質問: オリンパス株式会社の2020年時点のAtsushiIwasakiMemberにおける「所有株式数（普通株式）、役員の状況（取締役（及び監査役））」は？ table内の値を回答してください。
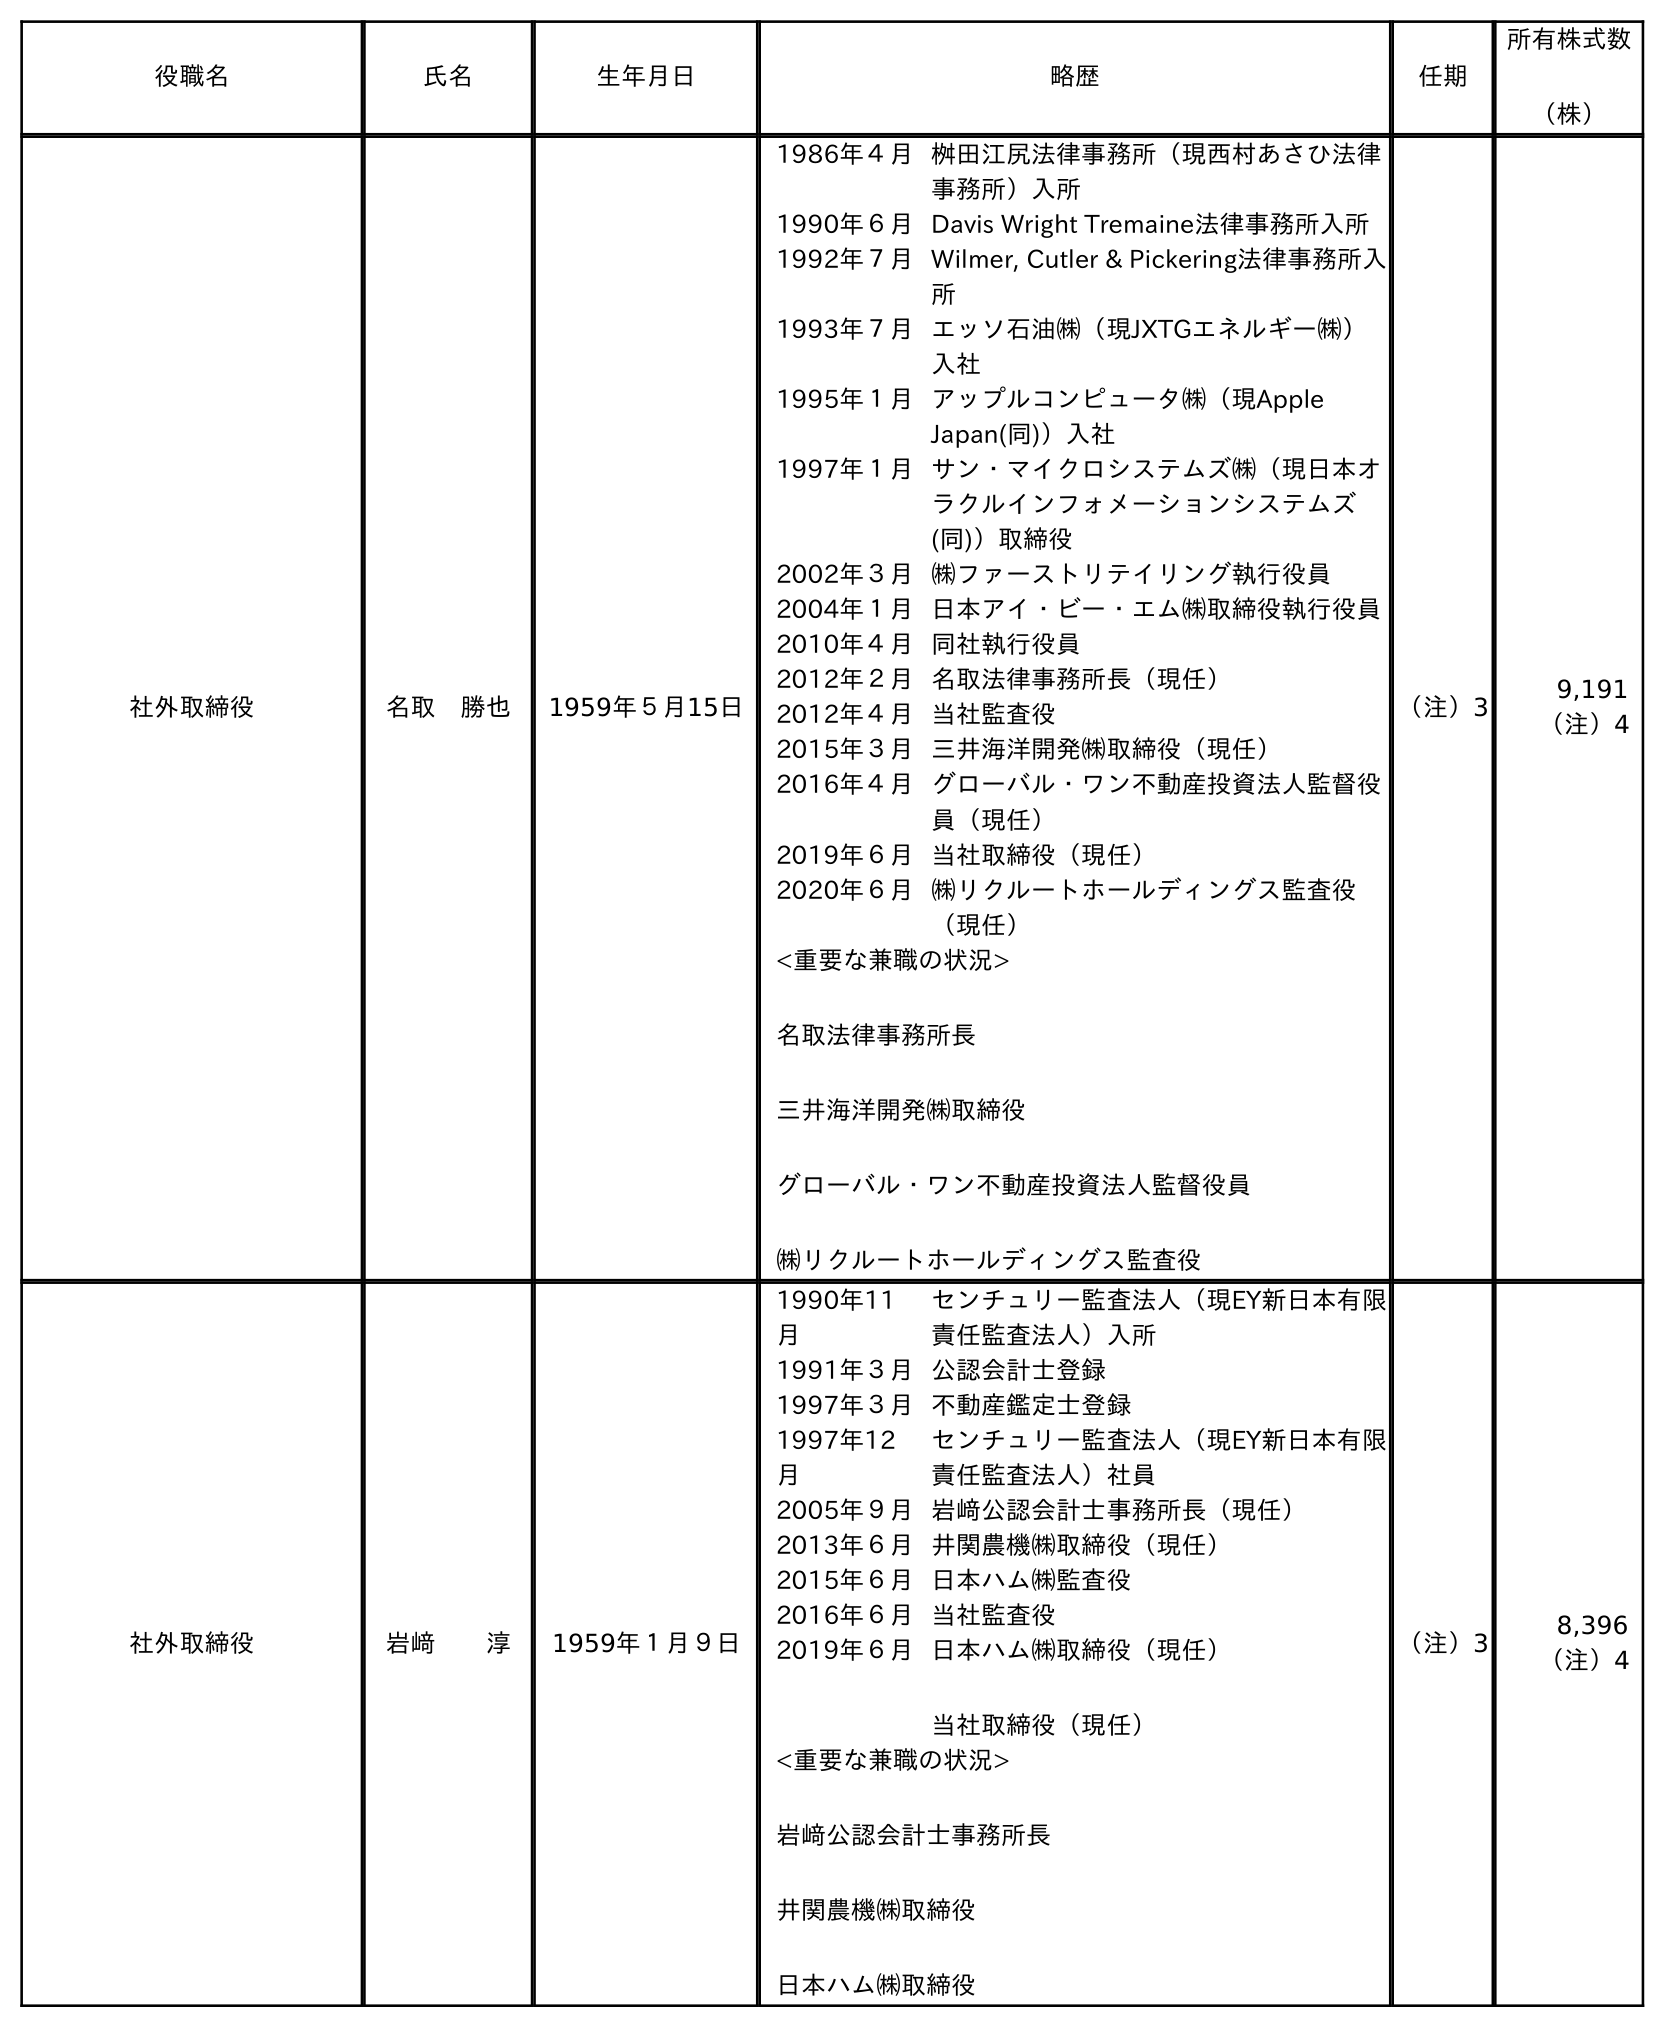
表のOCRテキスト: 役職名 氏名 生年月日 略歴 任期 所有株式数 （株） 社外取締役 名取 勝也 1959年５月15日 1986年４月桝田江尻法律事務所（現西村あさひ法律 事務所）入所 1990年６月Davis Wright Tremaine法律事務所入所 1992年７月Wilmer, Cutler & Pickering法律事務所入 所 1993年７月エッソ石油㈱（現JXTGエネルギー㈱） 入社 1995年１月アップルコンピュータ㈱（現Apple Japan(同)）入社 1997年１月サン・マイクロシステムズ㈱（現日本オ ラクルインフォメーションシステムズ (同)）取締役 2002年３月㈱ファーストリテイリング執行役員 2004年１月日本アイ・ビー・エム㈱取締役執行役員 2010年４月同社執行役員 2012年２月名取法律事務所長（現任） 2012年４月当社監査役 2015年３月三井海洋開発㈱取締役（現任） 2016年４月グローバル・ワン不動産投資法人監督役 員（現任） 2019年６月当社取締役（現任） 2020年６月㈱リクルートホールディングス監査役 （現任） <重要な兼職の状況> 名取法律事務所長 三井海洋開発㈱取締役 グローバル・ワン不動産投資法人監督役員 ㈱リクルートホールディングス監査役 （注）3 9,191 （注）4 社外取締役 岩﨑  淳 1959年１月９日 1990年11 月 センチュリー監査法人（現EY新日本有限 責任監査法人）入所 1991年３月公認会計士登録 1997年３月不動産鑑定士登録 1997年12 月 センチュリー監査法人（現EY新日本有限 責任監査法人）社員 2005年９月岩﨑公認会計士事務所長（現任） 2013年６月井関農機㈱取締役（現任） 2015年６月日本ハム㈱監査役 2016年６月当社監査役 2019年６月日本ハム㈱取締役（現任） 当社取締役（現任） <重要な兼職の状況> 岩﨑公認会計士事務所長 井関農機㈱取締役 日本ハム㈱取締役 （注）3 8,396 （注）4
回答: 8,396（注）4